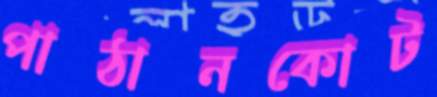
পাঠানকোট